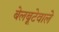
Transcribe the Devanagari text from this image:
बेलबूटेवाले